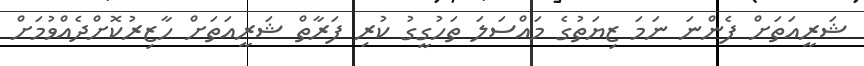
ޝަރީއަތަށް ފެންނަ ނަމަ ޒިޔަތުގެ މައްސަލަ ތަހުގީގު ކުރި ފަރާތް ޝަރީއަތަށް ހާޒިރުކޮށްދެއްވުމަށް